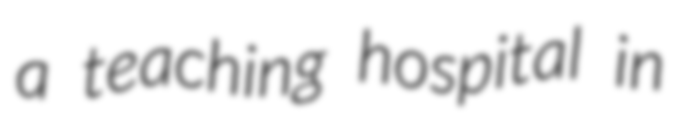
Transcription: a teaching hospital in